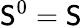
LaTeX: \mathsf{S}^{0}=\mathsf{S}